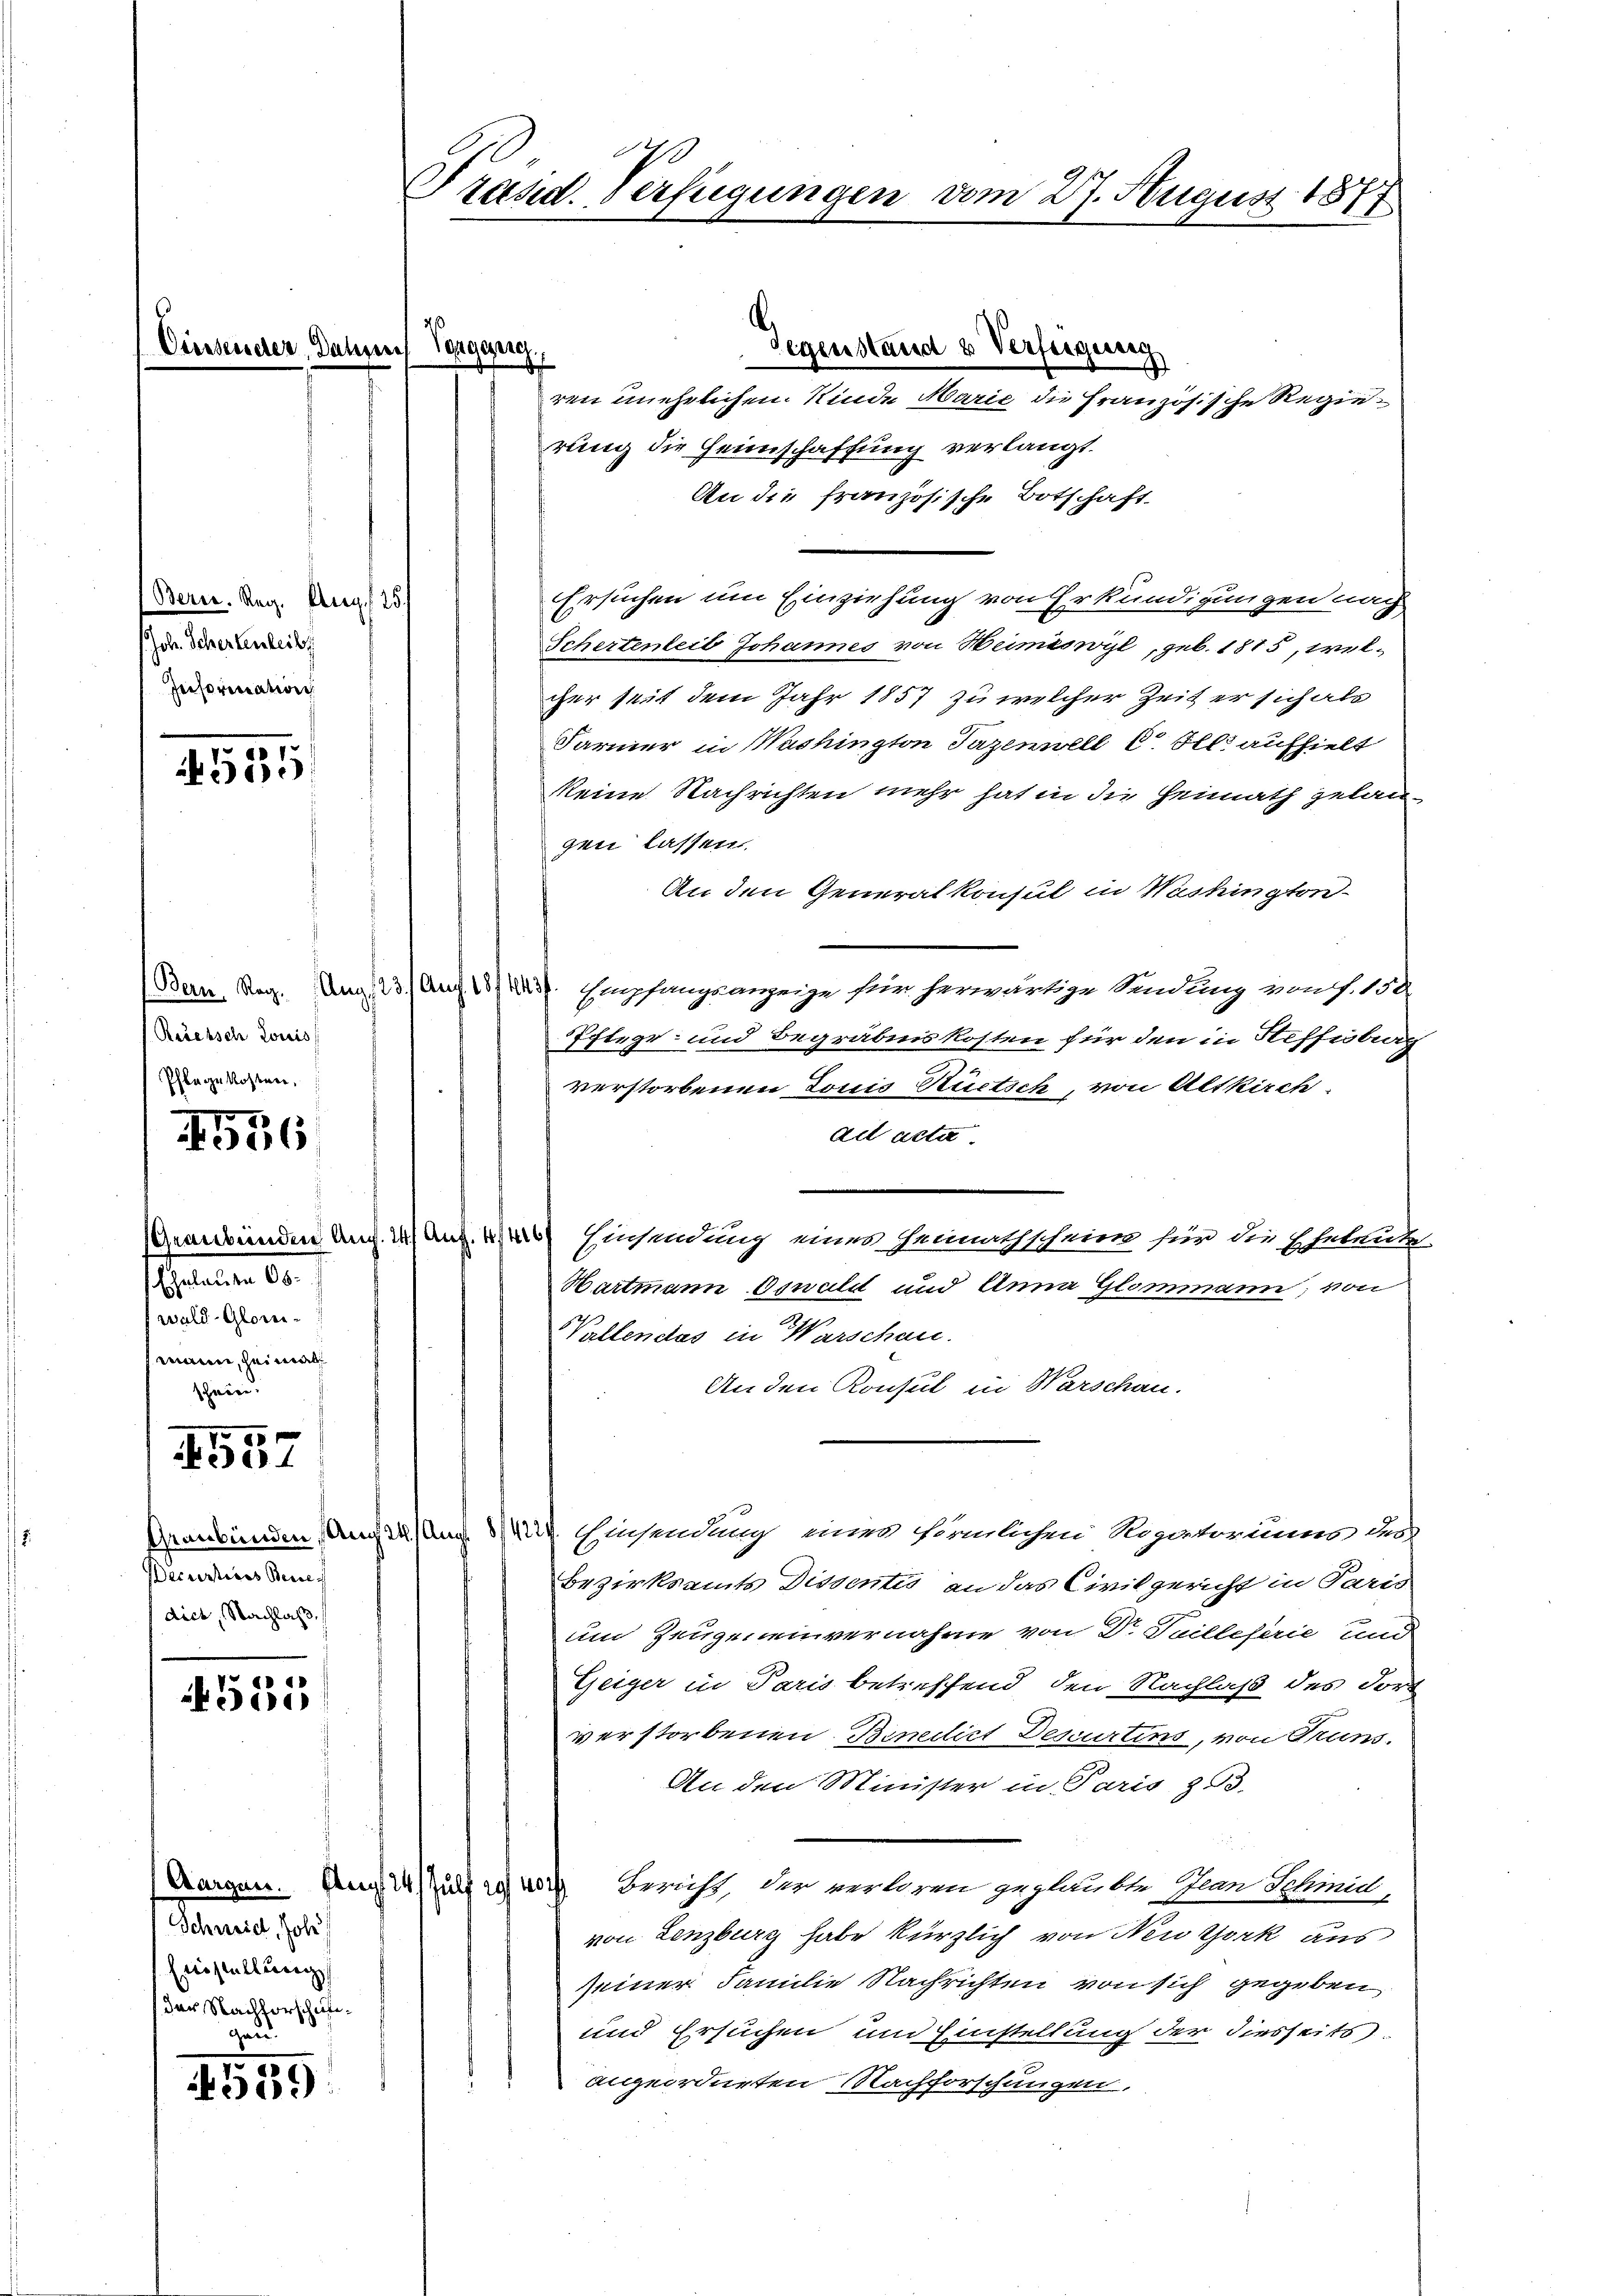
101.
30

(Rešebsch Louis
Pflegekosten.

4536

00 x
01

(Bern. Reg. Aug. 125.)
Joh. Schertenleit
Information

Graubünden An
Mannen. 10.
wald- Glorimann, heimal

Decurtiers Bence
dict, Nachlaß

521

559

Präsid. Verfügungen vom 27. August 1877

Schweid, Joh
Erstellung
der Nachforschäfgau

ren unehelichen Kinde Marie die Französische Regierung die Heimschaffung verlangt.
An die französische Botschaft.
Ersuchen um Einziehung von Erkundigungen nach
Schertenleit Johannes von Heimiswyl, geb. 1815, welcher seit dem Jahr 1857 zu welcher Zeit er sich als
Farmer in Washington Jazenwell 6. Als aufhielt
keine Nachrichten mehr hat in die Heimath gelan-
gen lassen.
An den Generalkonsul in Washington-
Bern, Reg. Aug. 123) Auf 181 1257. Empfangsanzeige sein herwärtige Sendung von f. 134
Pflege- und Begräbniskosten für den in Steffisburg
verstorbenen Louis Rüetsch, von Altkirch
ad acta
ng Einsendung eines Heimathschein für die Eheleute
Hartmann Oswald und Anna Glommann, von
h
Vallendas in Warschen.
An den Konsul in Warschau.
Graubünden (Auch 14/Aug. 14229. Einsendung nur förmlichen Rogatoriums du
Bezirksamts Dissentis an das Civilgericht in Paris
um Zeugeneinvernahme von Dr. Tuilleferie und
Zeiger in Paris betreffend, den Nachlaß des Fort
verstorbenen Benedict Descurtins, von Pruns.
An den Minister in Paris zu.
Aorgen. Aug. 14. Julf 29 von Bericht, der verloren geglaubte Plan Schmidl,
von Lenzburg habe kürzlich von New York aus
seiner Familie Nachrichten von sich gegeben,
und Ersuchen und Einstellung der diesseits
angeordneten Nachforschungen,

Gegenstand u Verfügung